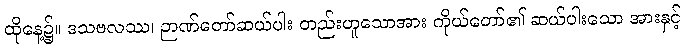
ထိုနေ့၌။ ဒသဗလဿ၊ ဉာဏ်တော်ဆယ်ပါး တည်းဟူသောအား ကိုယ်တော်၏ ဆယ်ပါးသော အားနှင့်